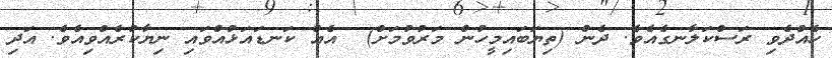
ހެއްދެވި ރަސްކަލާނގެއެވެ. ދެން (ތިޔަބައިމީހުން މަރުވުމަށް)  އެއް ކަނޑައަޅުއްވައި ނިޔާކުރެއްވިއެވެ. އަދި